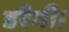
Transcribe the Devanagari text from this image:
डरैगी।